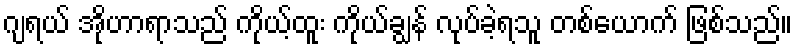
ဂျရယ် အိုဟာရာသည် ကိုယ့်ထူး ကိုယ်ချွန် လုပ်ခဲ့ရသူ တစ်ယောက် ဖြစ်သည်။